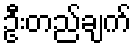
ဦးတည်ချက်